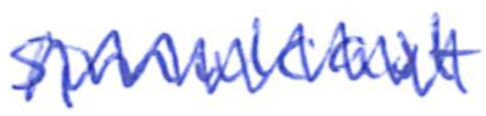
Text: simulcast
Cross-out: zig-zag
Writing tool: ballpoint